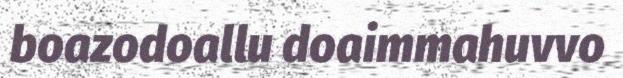
boazodoallu doaimmahuvvo